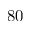
8 0